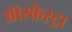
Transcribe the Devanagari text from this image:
ऑरकेस्ट्रा